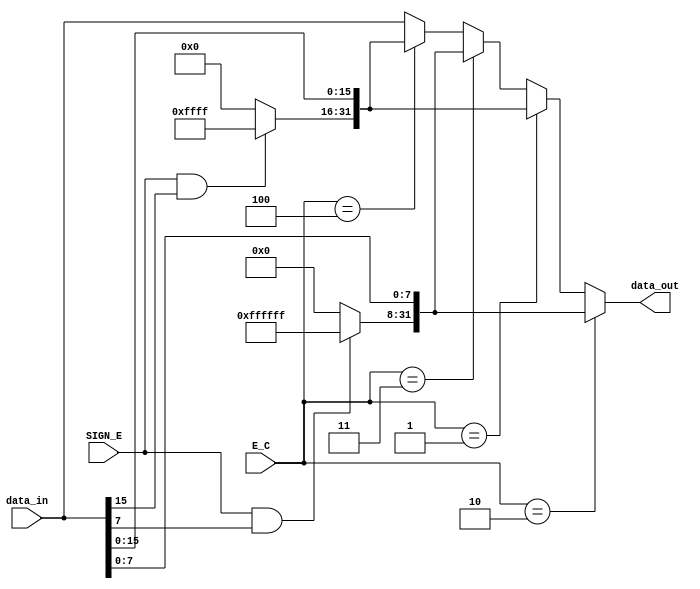
`timescale 1ns / 1ps
//////////////////////////////////////////////////////////////////////////////////
// Company: 
// Engineer: 
// 
// Design Name: 
// Module Name: EXT_CUT
// Project Name: 
// Target Devices: 
// Tool Versions: 
// Description: 
// 
// Dependencies: 
// 
// Revision:
// Revision 0.01 - File Created
// Additional Comments:
// 
//////////////////////////////////////////////////////////////////////////////////


module EXT_CUT(
input [31:0]data_in,
input [2:0]E_C,
input SIGN_E,
output [31:0]data_out
    );
    
   assign data_out=(E_C==3'b010)?{((SIGN_E&&data_in[7])?24'b111111111111111111111111:24'b000000000000000000000000),data_in[7:0]}:((E_C==3'b001)?{((SIGN_E&&data_in[15])?16'b1111111111111111:16'b0000000000000000),data_in[15:0]}:((E_C==3'b011)?{((SIGN_E&&data_in[7])?24'b111111111111111111111111:24'b000000000000000000000000),data_in[7:0]}:((E_C==3'b100)?{((SIGN_E&&data_in[15])?16'b1111111111111111:16'b0000000000000000),data_in[15:0]}:data_in)));
  
    /*always@(*)
    begin
        case(E_C)
        3'b010:data_out<={(SIGN_E&&data_in[7])?24'b111111111111111111111111:24'b000000000000000000000000,data_in[7:0]};
        3'b001:data_out[31:4]<={(SIGN_E&&data_in[3])?28'b1111111111111111111111111111:28'b0000000000000000000000000000,data_in[3:0]};
        3'b011:data_out<={24'b000000000000000000000000,data_in[7:0]};
        3'b100:data_out<={28'b0000000000000000000000000000,data_in[4:0]};
        default:data_out<=data_in;
        endcase
    end*/
    
endmodule